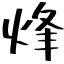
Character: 烽